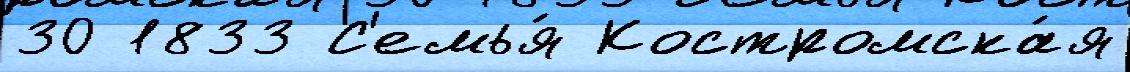
30 1833 С'емья́ Костромска́я